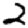
Digit: 2